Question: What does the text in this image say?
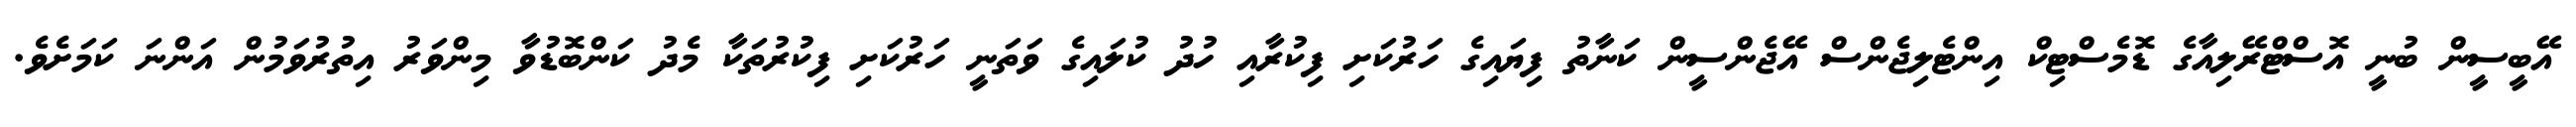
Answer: އޭބީސީން ބުނީ އޮސްޓްރޭލިއާގެ ޑޮމެސްޓިކް އިންޓެލިޖެންސް އޭޖެންސީން ކަނާތު ފިޔައިގެ ހަރުކަށި ފިކުރާއި ހުދު ކުލައިގެ ވަތަނީ ހަރުކަށި ފިކުރުތަކާ މެދު ކަންބޮޑުވާ މިންވަރު އިތުރުވަމުން އަންނަ ކަމަށެވެ.